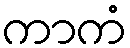
ကာကံ